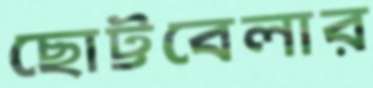
ছোট্টবেলার